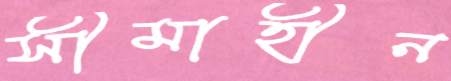
সীমাহীন